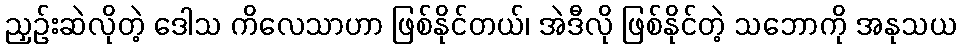
ညှဉ်းဆဲလိုတဲ့ ဒေါသ ကိလေသာဟာ ဖြစ်နိုင်တယ်၊ အဲဒီလို ဖြစ်နိုင်တဲ့ သဘောကို အနုသယ